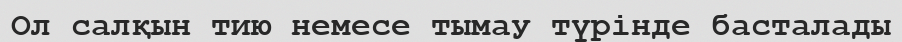
Ол салқын тию немесе тымау түрінде басталады